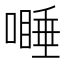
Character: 𱔾